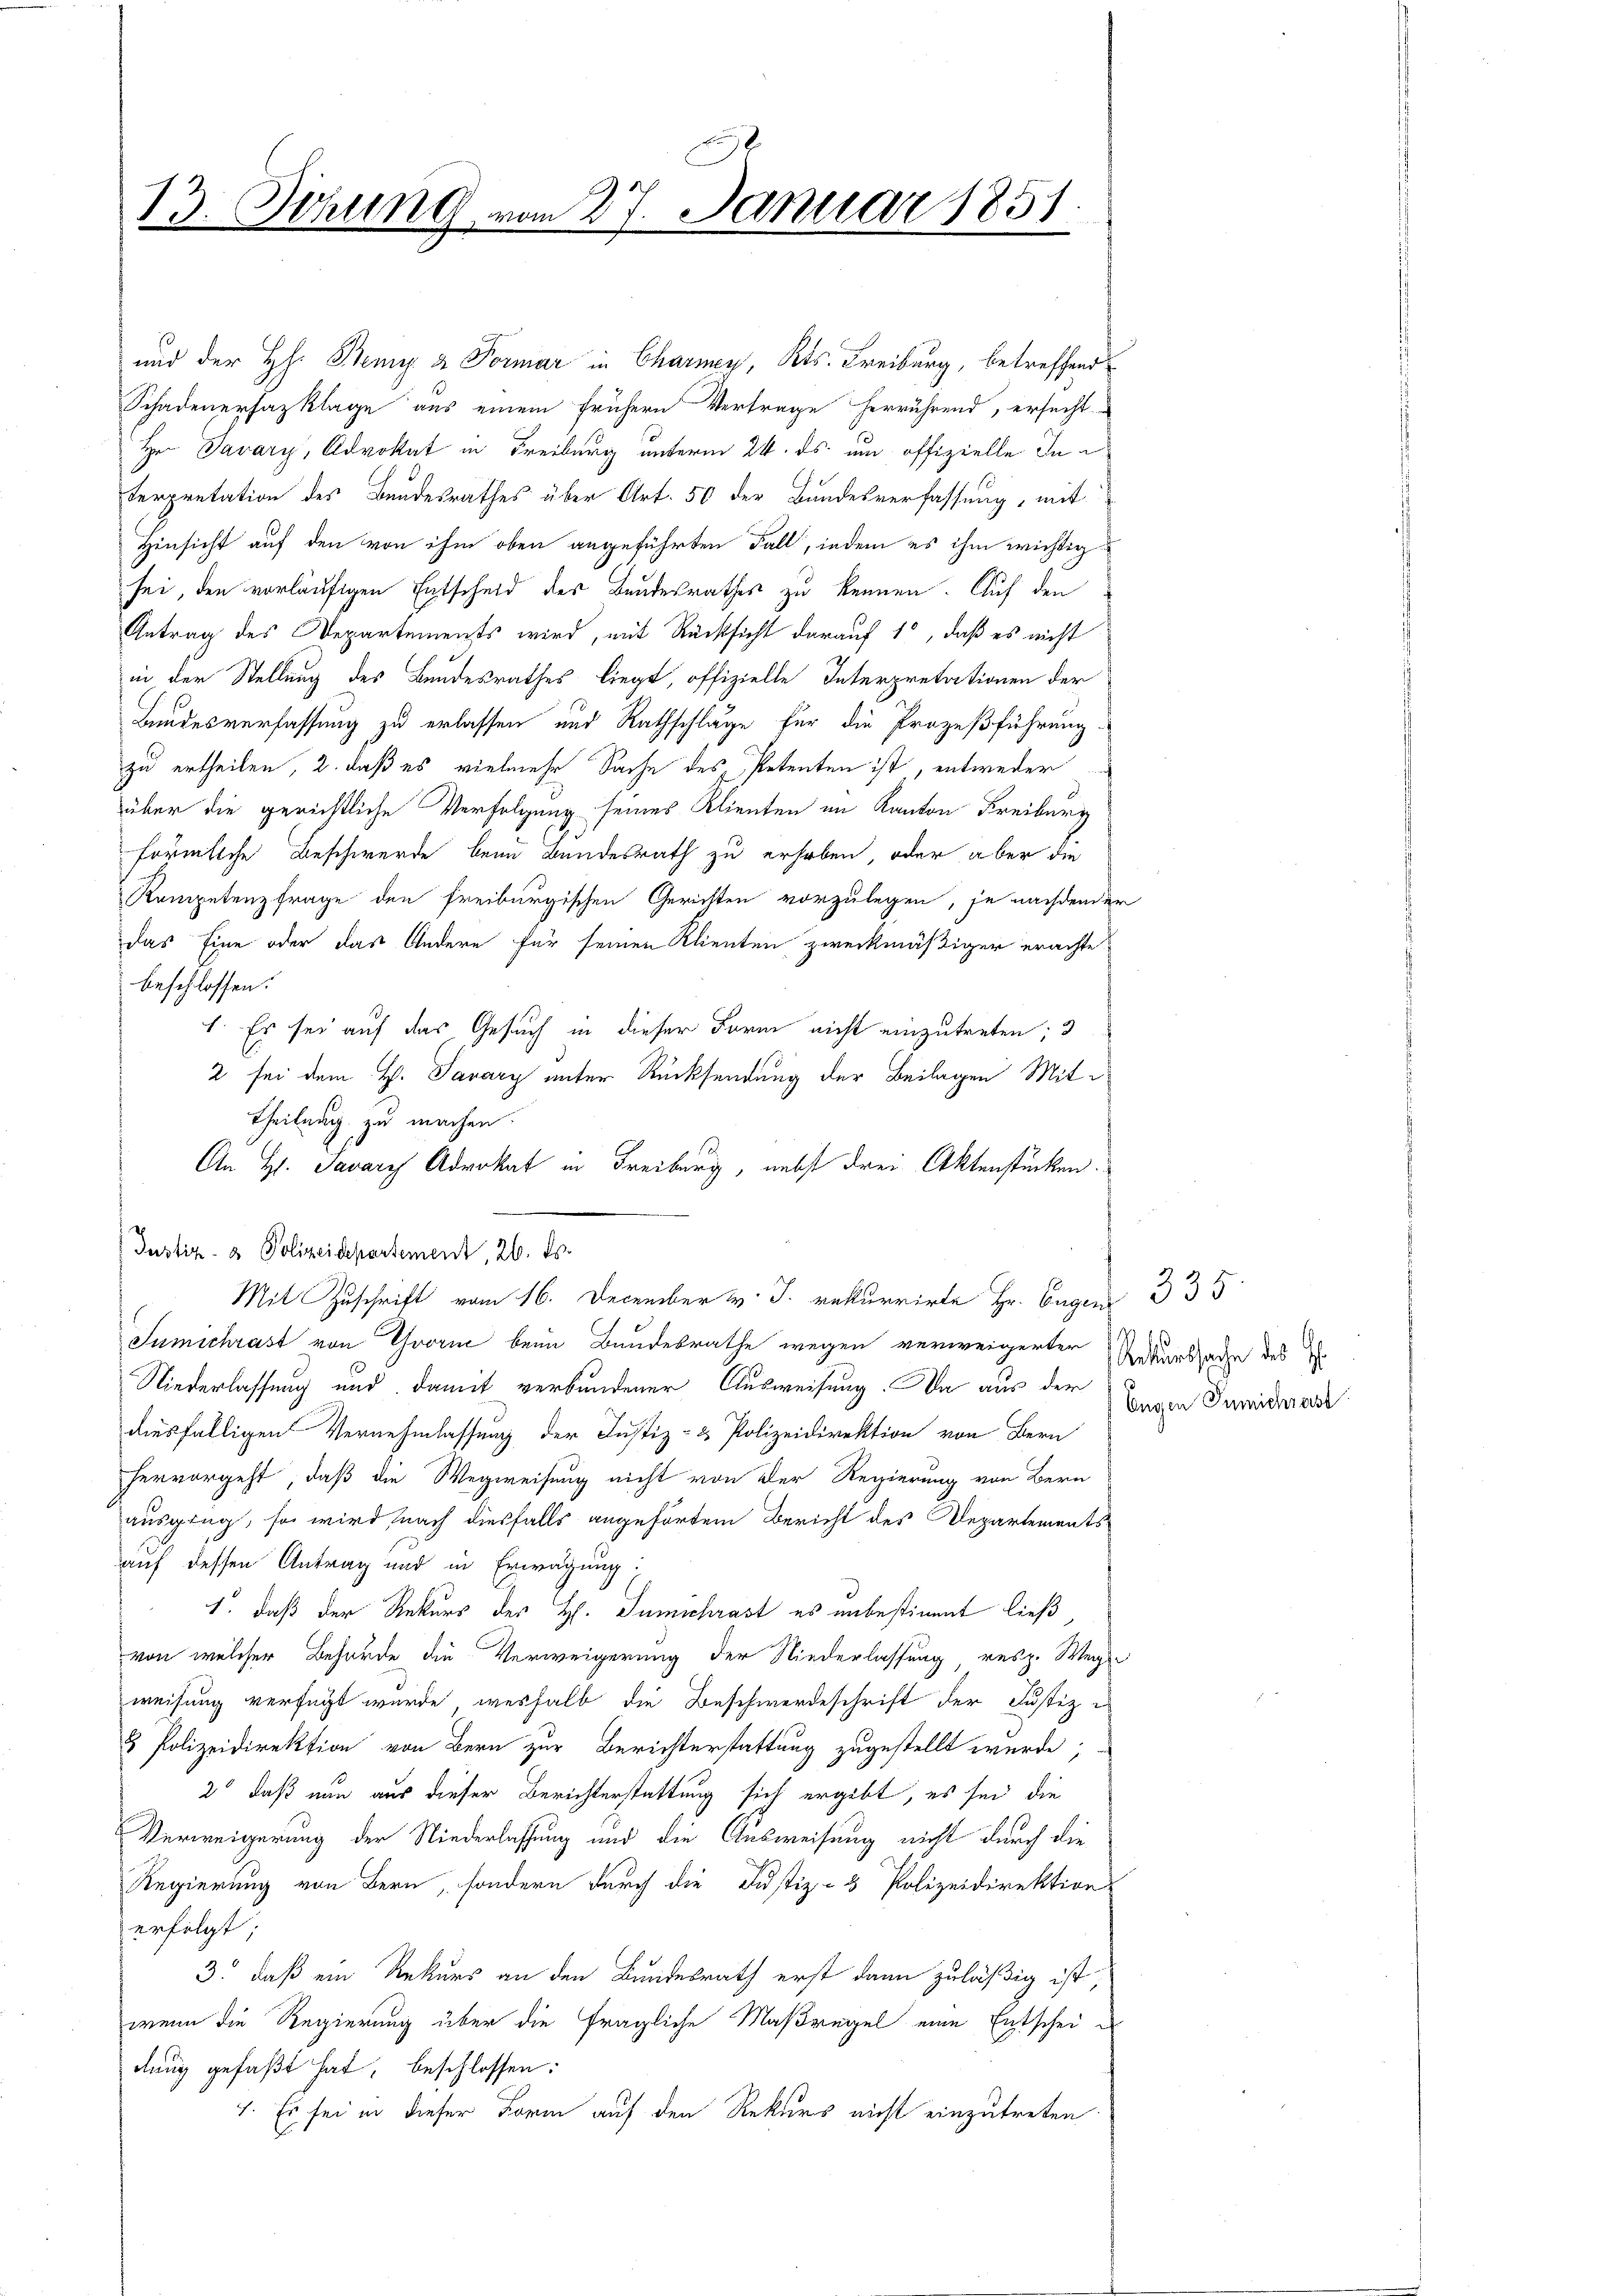
13. Sitzung vom 27. Januar 1851

und der H: Benz & Formar in Charnen, Kts. Freiburg, betreffend
Schadenerhazklage aus einem frühern Vertrage herrührend, ersucht
Hrn Javary, Advokat in Freiburg unterm 24. ds. um offizielle Interpretation des Bundesrathes über Art. 50 der Bundesverfassung, mit
Hinsicht auf den von ihm oben angeführten Fall, indem es ihm wichtig
sei, den vorläufigen Entscheid des Bundesrathes zu kennen. Auf den
Antrag des Departements wird, mit Rücksicht darauf 10, daß es nicht
in der Stellung des Bundesrathes liegt, offizielle Interpretationen der
Bundesverfassung zu erlassen und Rathschläge für die Prozeßführung-
zu ertheilen, 2. daß es vielmehr Sache des Petenten ist, entweder
über die gerichtliche Verfolgung seines Klienten im Kanton Freiburg
förmliche Beschwerde beim Bundesrath zu erhoben, oder aber die
Kompetenzfrage den freiburgischen Gerichten vorzulegen, je nachdender
das Eine oder das Andere für seinen Klienten zweckmäßiger erachte
beschlossen:
1. Es sei auf das Gesuch in dieser Form nicht einzutreten; 3
2 sei dem H. Savary unter Rücksendung der Beilagen Mit¬
Theilung zu machen.
An Hs. Javary Advokat in Freiburg, nebst drei Aktenstücken.
Mit Zuschrift vom 16. December v. J. rekurrirte Hr. Eugen 335
Sumichrast von Yvorne beim Bundesrathe wegen verweigerter
Niederlassung und damit verbundener Ausweisung. Da aus der
diesfälligen Vernehmlassung der Justiz- & Polizeidirektion von Bern
hervorgeht, daß die Wegweisung nicht von der Regierung von Bern
ausging, so wird nach diesfalls angehörtem Bericht des Departements
auf dessen Antrag und in Erwägung:
1. daß der Rekurs der H. Tumschrast es unbestimmt ließ
von welcher Behörde die Verweigerung der Niederlassung resp. Wege-
weisung verfügt wurde, weshalb die Beschwerdeschrift der Justiz-
& Polizeidirektion von Bern zur Berichterstattung zugestellt wurde;
2 daß nun aus dieser Berichterstattung sich ergibt, es sei die
Verweigerung der Niederlassung und die Ausweisung nicht durch die
Regierung von Bern, sondern durch die Justiz- & Polizeidirektion
erfolgt
3. daß ein Rekurs an den Bundesrath erst dann zuläßig ist
wenn die Regierung über die fragliche Maßregel eine Entscheidung gefaßt hat, beschlossen:
7. Es sei in dieser Form auf den Rekurs nicht einzutreten

Justiz- & Polizeidepartement, 26. ds.

Rekurssache des H.
Engen Zumichrast